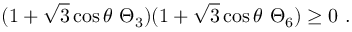
( 1 + \sqrt { 3 } \cos \theta \ \Theta _ { 3 } ) ( 1 + \sqrt { 3 } \cos \theta \ \Theta _ { 6 } ) \geq 0 \ .